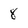
Character: 8